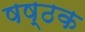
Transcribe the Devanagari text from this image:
षष्ठक